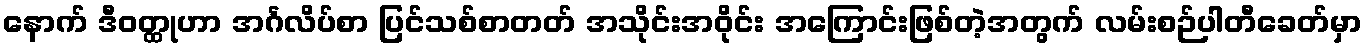
နောက် ဒီဝတ္ထုဟာ အင်္ဂလိပ်စာ ပြင်သစ်စာတတ် အသိုင်းအဝိုင်း အကြောင်းဖြစ်တဲ့အတွက် လမ်းစဉ်ပါတီခေတ်မှာ